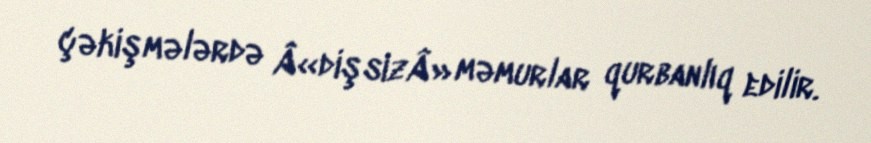
çəkişmələrdə Â«dişsizÂ» məmurlar qurbanlıq edilir.